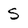
Character: S